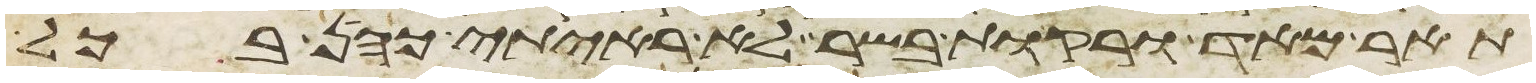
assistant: תאר מאד ורקות בשר לא ראיתי כהן בכל